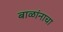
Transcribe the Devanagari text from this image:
बाळांनाचा